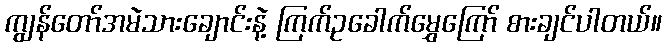
ကျွန်တော်အမဲသားချောင်းနဲ့ ကြက်ဥခေါက်မွှေကြော် စားချင်ပါတယ်။